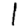
Digit: 1